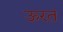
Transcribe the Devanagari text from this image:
ऊरत